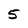
Character: 5